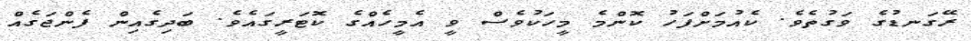
ރޭގަނޑުގެ ވަގުތެވެ. ކެއުމަށްފަހު ކޮންމެ މީހަކުވެސް ވީ އެމީހެއްގެ ކޮޓަރީގައެވެ. ބަދިގެއިން ފެންޖަގެއް